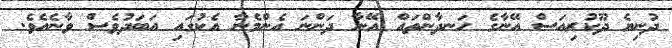
ދުނިޔެ ދޫކުރިއަސް އޭނާގެ ހަނދާންތައް އޭނާ ދަންނަ އެންމެނާ އެކުގައި އަބަދުވެސް ވާނެއެވެ.